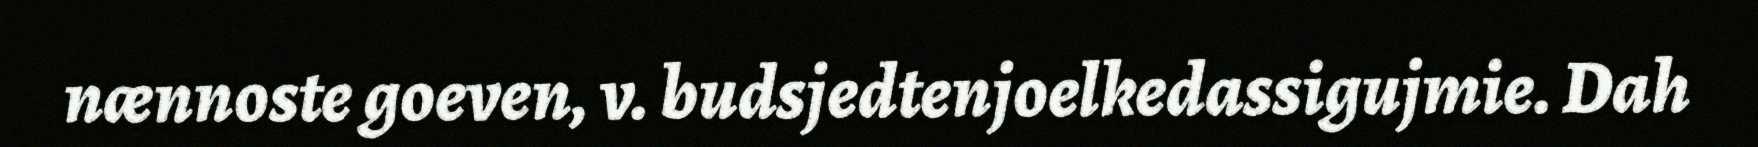
nænnoste goeven, v. budsjedtenjoelkedassigujmie. Dah